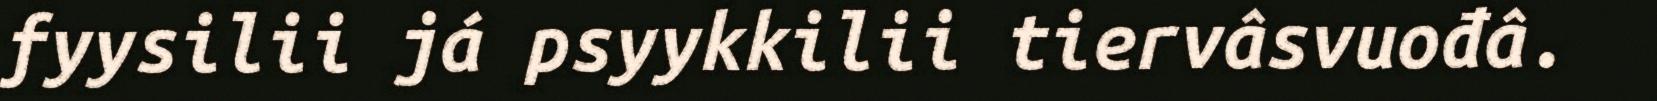
fyysilii já psyykkilii tiervâsvuođâ.